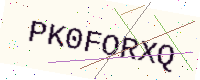
Text: PK0FORXQ